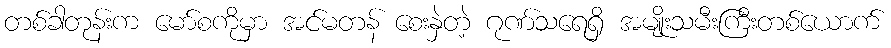
တစ်ခါတုန်းက မော်စကိုမှာ အင်မတန် စေးနှဲတဲ့ ဂုဏ်သရေရှိ အမျိုးသမီးကြီးတစ်ယောက်